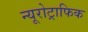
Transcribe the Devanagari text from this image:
न्यूरोट्राफिक